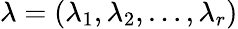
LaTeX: \lambda=(\lambda_{1},\lambda_{2},\ldots,\lambda_{r})